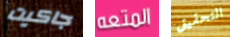
جاكيت المتعه التحقيق